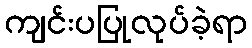
ကျင်းပပြုလုပ်ခဲ့ရာ